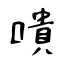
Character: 嘳